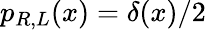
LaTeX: p_{R,L}(x)=\delta(x)/2